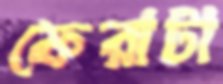
ফেরাটা